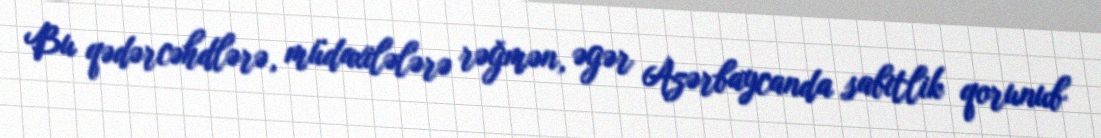
Bu qədərcəhdlərə, müdaxilələrə rəğmən, əgər Azərbaycanda sabitlik qorunub